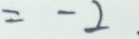
= - 2 .